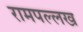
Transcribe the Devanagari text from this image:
रामपल्लख